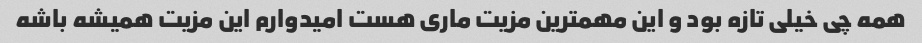
همه چی خیلی تازه بود و این مهمترین مزیت ماری هست امیدوارم این مزیت همیشه باشه